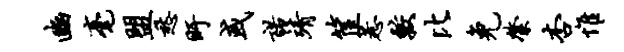
豳毫盟愁盱或诺靖筐惹较比免綮杏惟